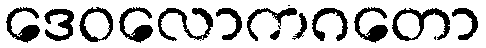
ဒေဝလောကဂတော